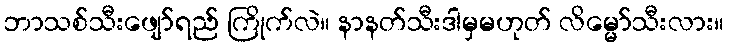
ဘာသစ်သီးဖျော်ရည် ကြိုက်လဲ။ နာနတ်သီးဒါမှမဟုတ် လိမ္မော်သီးလား။